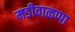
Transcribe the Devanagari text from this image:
मडीवाळप्पा